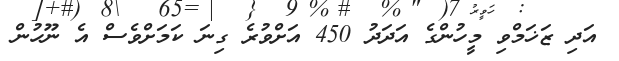
އަދި ޒަޚަމްވި މީހުންގެ އަދަދު 450 އަށްވުރެ ގިނަ ކަމަށްވެސް އެ ނޫހުން